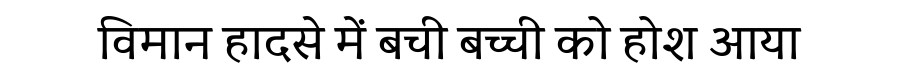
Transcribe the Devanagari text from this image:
विमान हादसे में बची बच्ची को होश आया